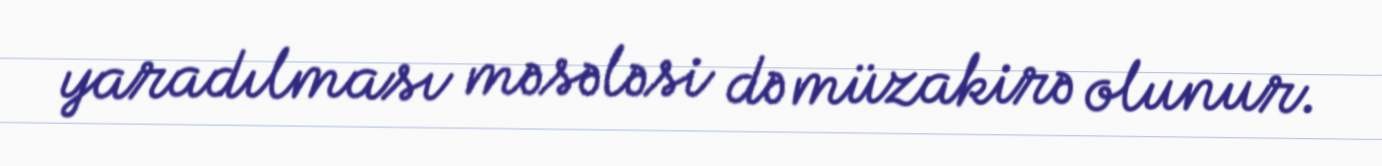
yaradılması məsələsi də müzakirə olunur.